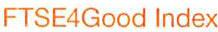
FTSE4Good Index